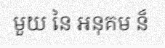
មួយ នៃ អនុគម ន៏